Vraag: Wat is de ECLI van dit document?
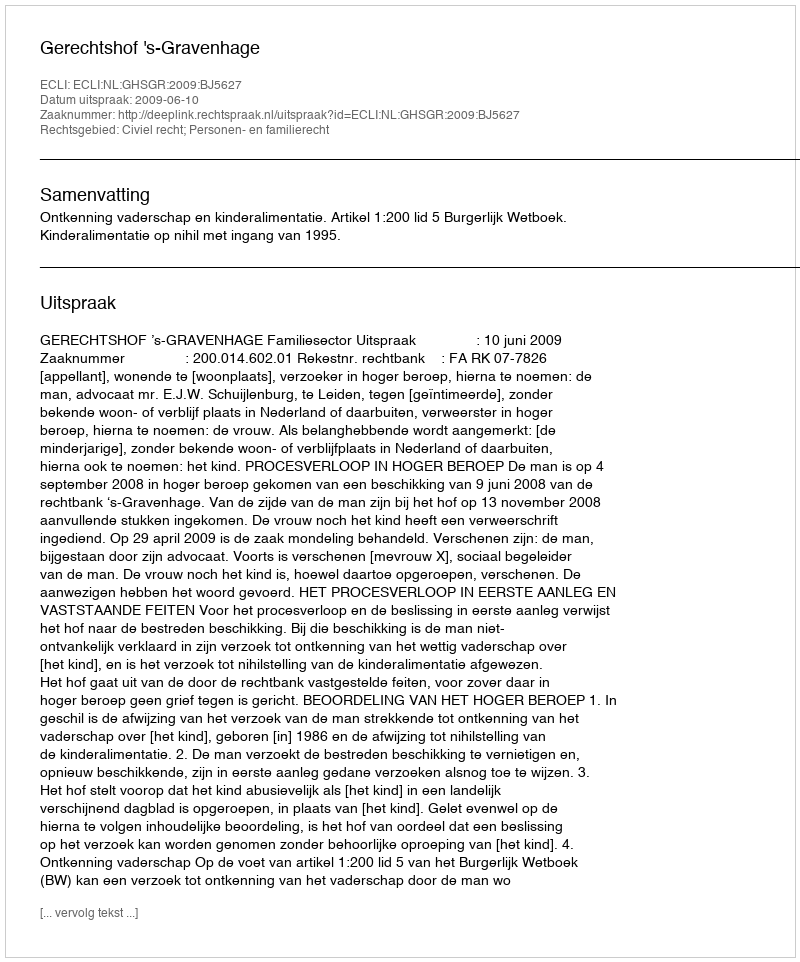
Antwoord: ECLI:NL:GHSGR:2009:BJ5627